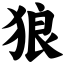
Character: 狼